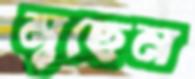
মুছেন